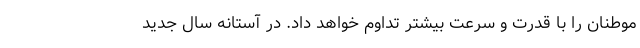
موطنان را با قدرت و سرعت بیشتر تداوم خواهد داد. در آستانه سال جدید